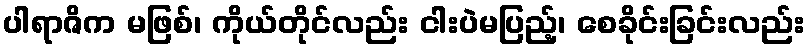
ပါရာဇိက မဖြစ်၊ ကိုယ်တိုင်လည်း ငါးပဲမပြည့်၊ စေခိုင်းခြင်းလည်း